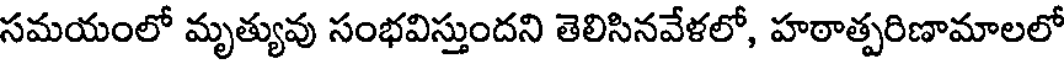
సమయంలో మృత్యువు సంభవిస్తుందని తెలిసినవేళలో, హఠాత్పరిణామాలలో